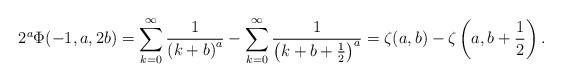
LaTeX: \begin{align*}2^a\Phi(-1, a, 2b) &= \sum_{k=0}^{\infty} \frac{1}{\left(k + b\right)^a} - \sum_{k=0}^{\infty} \frac{1}{\left(k + b + \frac{1}{2}\right)^a} = \zeta(a, b) - \zeta\left(a, b + \frac{1}{2}\right).\end{align*}